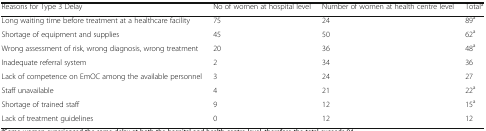
<table><thead><tr><td><b>Reasons for Type 3 Delay</b></td><td><b>No of women at hospital level</b></td><td><b>Number of women at health centre level</b></td><td><b>Total<sup>a</sup></b></td></tr></thead><tbody><tr><td>Long waiting time before treatment at a healthcare facility</td><td>75</td><td>24</td><td>89<sup>a</sup></td></tr><tr><td>Shortage of equipment and supplies</td><td>45</td><td>50</td><td>62<sup>a</sup></td></tr><tr><td>Wrong assessment of risk, wrong diagnosis, wrong treatment</td><td>20</td><td>36</td><td>48<sup>a</sup></td></tr><tr><td>Inadequate referral system</td><td>2</td><td>34</td><td>36</td></tr><tr><td>Lack of competence on EmOC among the available personnel</td><td>3</td><td>24</td><td>27</td></tr><tr><td>Staff unavailable</td><td>4</td><td>21</td><td>22<sup>a</sup></td></tr><tr><td>Shortage of trained staff</td><td>9</td><td>12</td><td>15<sup>a</sup></td></tr><tr><td>Lack of treatment guidelines</td><td>0</td><td>12</td><td>12</td></tr></tbody></table>